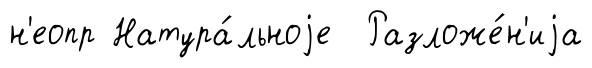
н'еопр Натура́льноjе Разложе́н'иjа